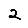
Digit: 2